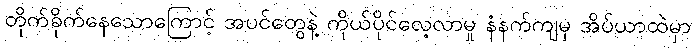
တိုက်ခိုက်နေသောကြောင့် အပင်တွေနဲ့ ကိုယ်ပိုင်လေ့လာမှု နံနက်ကျမှ အိပ်ယာထဲမှာ